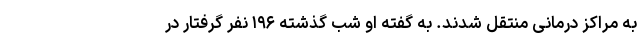
به مراکز درمانی منتقل شدند. به گفته او شب گذشته ۱۹۶ نفر گرفتار در